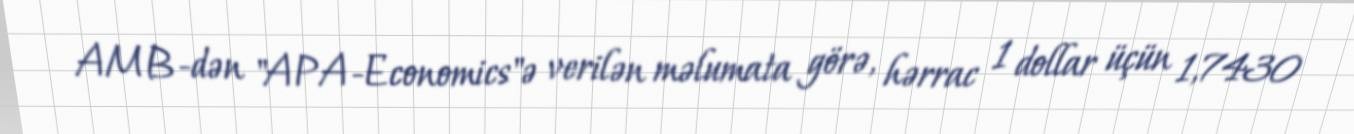
AMB-dən "APA-Economics"ə verilən məlumata görə, hərrac 1 dollar üçün 1,7430